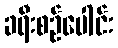
ခရီးစဉ်ပေါင်း